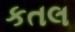
કતલ